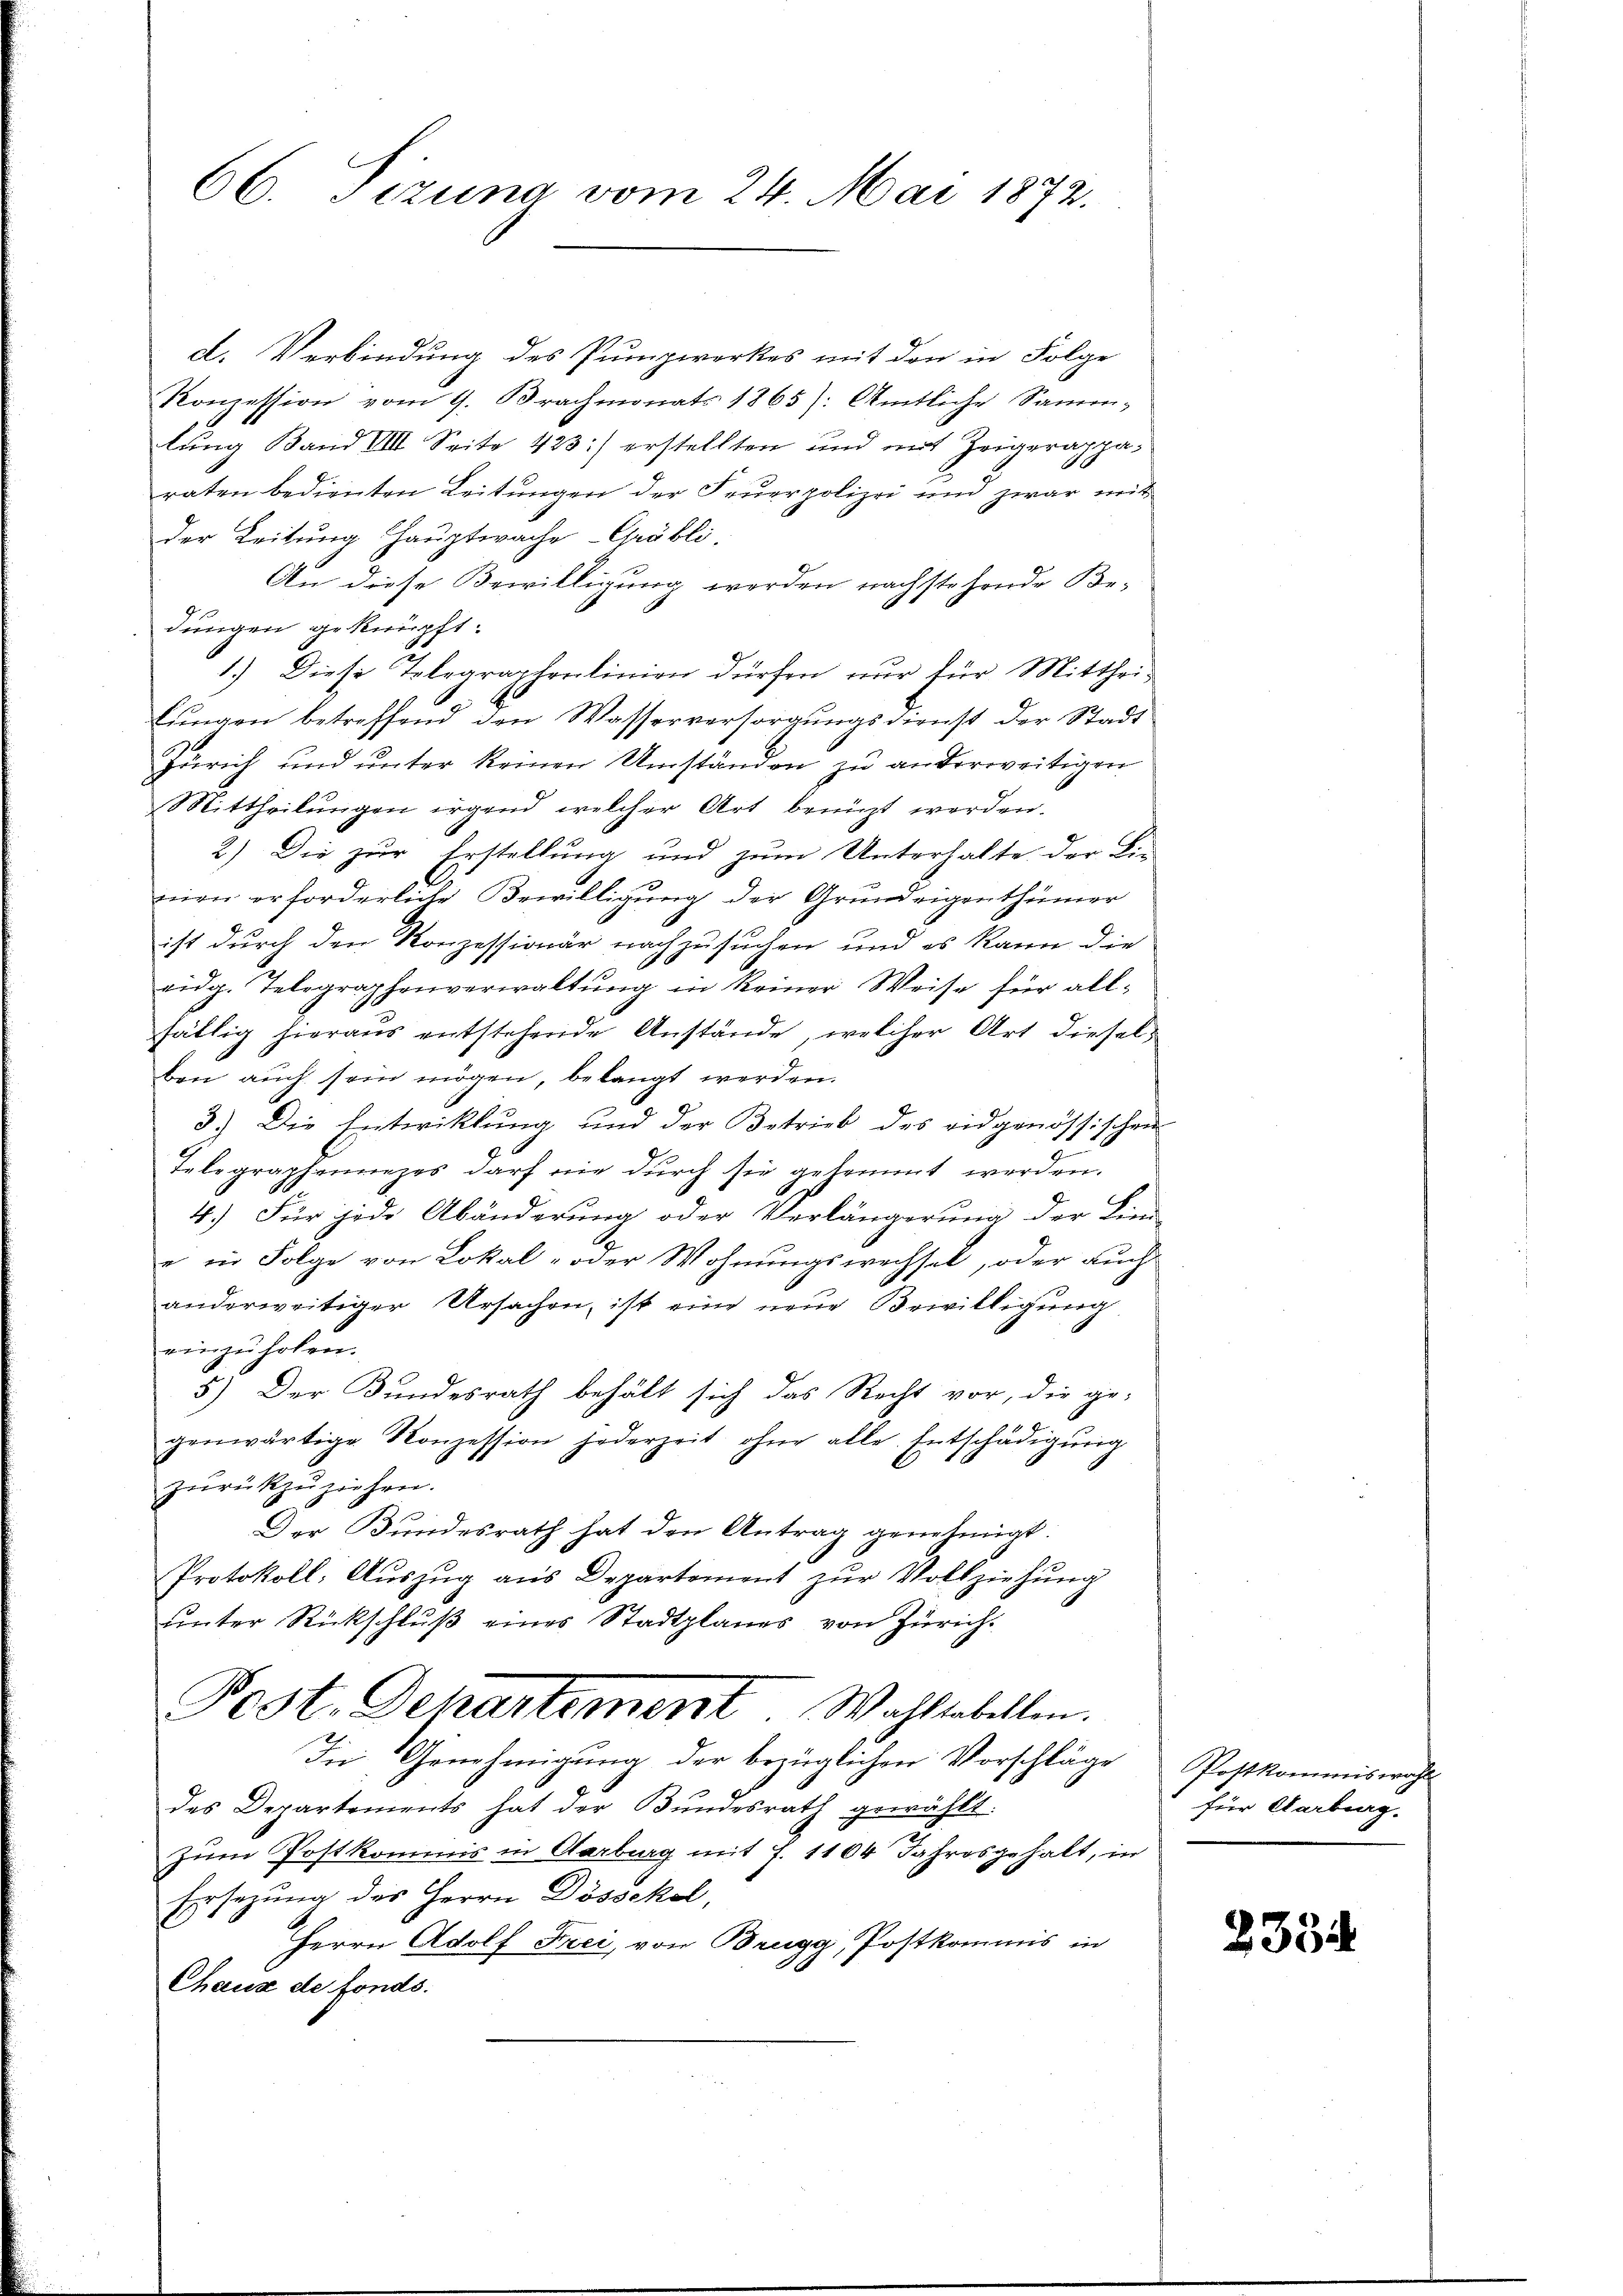
66. Tizuna vom 24. Mai 1872.

d. Verbindung des Pumpwerkes mit den in Folge
Konzession vom 9. Brachmonats 1865): Amtliche Samm-
lung Band III. Seite 423.) erstellten und mit Zeigerappa-
raten bedienten Leitungen der Feuerpolizei und zwar mit
Der Leitung Hauptwache Gröbli-
An diese Bewilligung werden nachstehende Be-
dungen geknüpft:
1.) Diese Telegraphenlinien dürfen nur für Mitthei-
lungen betreffend den Wasserversorgungsdienst der Stadt¬
Zürich und ŭnter keinen Umständen zu anderweitigen
Mittheilŭngen irgend welcher Art bringt werden.
2.) Die zur Erstellung und zum Unterhalte der Lie-
nien erforderliche Bewilligung der Grundeigenthümer
ist durch den Konzessionär nachzusuchen und es kann die
vidg. Telegraphenverwaltung in keiner Weise für allfällig hieraus entstehende Anstände, welcher Art dieselben auch sein mögen, belangt werden.
3.) Die Entwicklung und der Betrieb des eidgenössischen
Telegraphennezes darf nie durch sie gekommt werden.
4.) Für jede Abänderung oder Verlängerung der Lin
e in Folge von Lokal- oder Wohnungswechsel, oder auch
anderweitiger Ursachen, ist eine neue Bewilligung
einzuholen.
5.) Der Bundesrath behält sich das Recht vor, die ge-
genwärtige Konzession jederzeit ohne alle Entschädigung
zŭrückzuziehen.
Der Bundesrath hat den Antrag genehmigt.
Protokoll: Aŭszŭg aŭs Departement zŭr Vollziehŭng
ŭnter Rückschlŭβ eines Stadtplanes von Zürich.
Post. Departement Wahltabellen.
Die Genehmigung der bezüglichen Vorschläge
des Departements hat der Bŭndesrath gewählt.
zum Postkommis in Aarburg mit f. 1104 Jahresgehalt, in
Ersezung des Herrn Dössckel,
Herrn Adolf Frei, von Brugg, Postkommis in
Chaux de fonds.

Postkommiswahl
für Aarberg-

2354